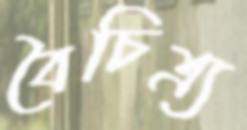
বৈচিত্র্য